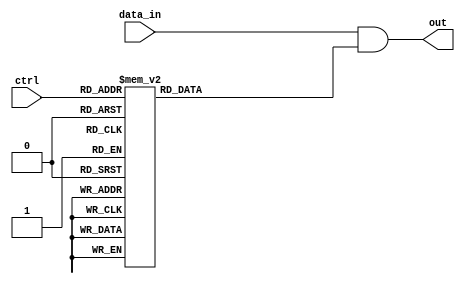
module demux_1to16 (
    input [15:0] data_in,
    input [3:0] ctrl,
    output [15:0] out
);

// Decoder
reg [15:0] sel;
always @(*) begin
    case (ctrl)
        4'b0000: sel = 16'b0000000000000001;
        4'b0001: sel = 16'b0000000000000010;
        4'b0010: sel = 16'b0000000000000100;
        4'b0011: sel = 16'b0000000000001000;
        4'b0100: sel = 16'b0000000000010000;
        4'b0101: sel = 16'b0000000000100000;
        4'b0110: sel = 16'b0000000001000000;
        4'b0111: sel = 16'b0000000010000000;
        4'b1000: sel = 16'b0000000100000000;
        4'b1001: sel = 16'b0000001000000000;
        4'b1010: sel = 16'b0000010000000000;
        4'b1011: sel = 16'b0000100000000000;
        4'b1100: sel = 16'b0001000000000000;
        4'b1101: sel = 16'b0010000000000000;
        4'b1110: sel = 16'b0100000000000000;
        4'b1111: sel = 16'b1000000000000000;
    endcase
end

// Multiplexer
assign out = data_in & sel;

endmodule